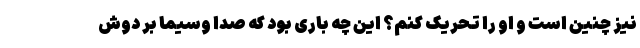
نیز چنین است و او را تحریک کنم؟ این چه باری بود که صدا وسیما بر دوش